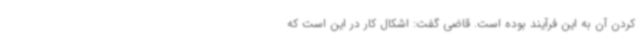
کردن آن به این فرآیند بوده است. قاضی گفت: اشکال کار در این است که